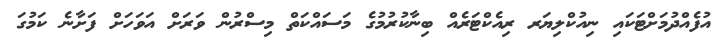
އުފެއްދުމަށްޓަކައި ނިއުކްލިޔަރ ރިއެކްޓަރެއް ބިނާކުރުމުގެ މަސައްކަތް މިސްރުން ވަރަށް އަވަހަށް ފަށާނެ ކަމުގަ